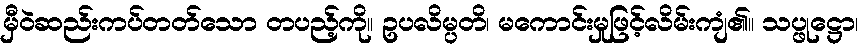
မှီဝဲဆည်းကပ်တတ်သော တပည့်ကို။ ဥပလိမ္ပတိ၊ မကောင်းမှုဖြင့်လိမ်းကျံ၏။ သပ္ဖုဋ္ဌော၊